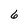
Character: 6